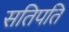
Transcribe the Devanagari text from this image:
सतिपति